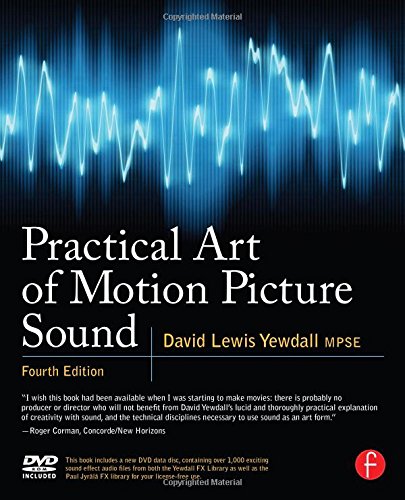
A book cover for Practical Art of Motion Picture Sound; David Lewis Yewdall; Humor & Entertainment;